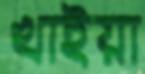
খাইয়া